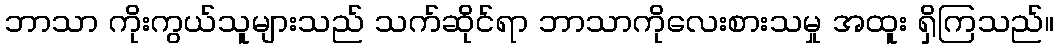
ဘာသာ ကိုးကွယ်သူများသည် သက်ဆိုင်ရာ ဘာသာကိုလေးစားသမှု အထူး ရှိကြသည်။